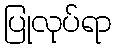
ပြုလုပ်ရာ